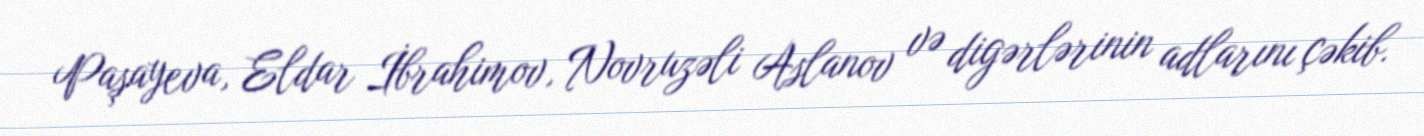
Paşayeva, Eldar İbrahimov, Novruzəli Aslanov və digərlərinin adlarını çəkib.